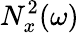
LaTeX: N_{x}^{2}(\omega)